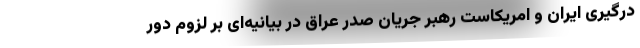
درگیری ایران و امریکاست رهبر جریان صدر عراق در بیانیه‌ای بر لزوم دور